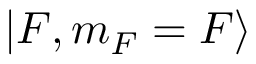
| F , m _ { F } = F \rangle